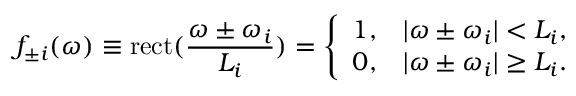
f _ { \pm i } ( \omega ) \equiv \mathrm { r e c t } ( \frac { \omega \pm \omega _ { i } } { L _ { i } } ) = \left\{ \begin{array} { l l } { 1 , } & { | \omega \pm \omega _ { i } | < L _ { i } , } \\ { 0 , } & { | \omega \pm \omega _ { i } | \geq L _ { i } . } \end{array} \right.